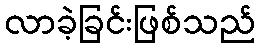
လာခဲ့ခြင်းဖြစ်သည်